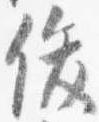
俊